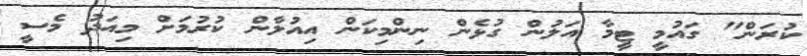
ކުރަން" ގައުމީ ޓީމާ އަލުން ގުޅެން ނިންމިކަން އިއުލާން ކުރުމަށް މިއަދު މެސީ